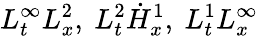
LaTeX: L_{t}^{\infty}L_{x}^{2},\ L_{t}^{2}\dot{H}_{x}^{1},\ L_{t}^{1}L_{x}^{\infty}